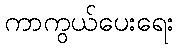
ကာကွယ်ပေးရေး